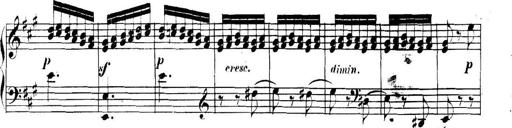
Title: Collected Piano Sonatas
Composer: Muzio Clementi